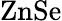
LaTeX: \mathrm{ZnSe}